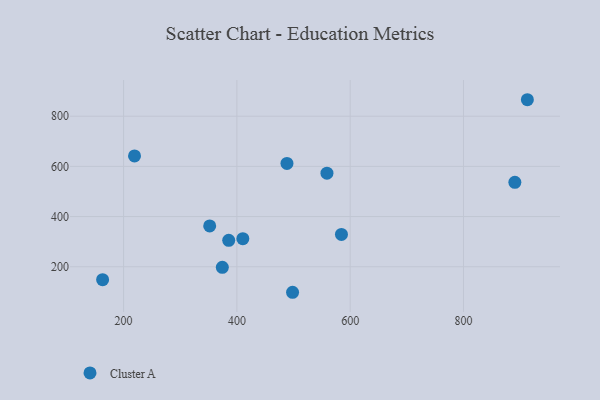
{"axis": {"x": "Study Hours", "y": "Fuel Efficiency"}, "legend": ["Cluster A"], "data": [{"x": "219.3", "y": 641.7, "type": "Cluster A"}, {"x": "584.6", "y": 328.8, "type": "Cluster A"}, {"x": "352.0", "y": 362.8, "type": "Cluster A"}, {"x": "374.3", "y": 197.9, "type": "Cluster A"}, {"x": "385.6", "y": 305.4, "type": "Cluster A"}, {"x": "410.5", "y": 312.0, "type": "Cluster A"}, {"x": "890.7", "y": 536.7, "type": "Cluster A"}, {"x": "912.8", "y": 865.7, "type": "Cluster A"}, {"x": "488.4", "y": 611.9, "type": "Cluster A"}, {"x": "498.3", "y": 98.3, "type": "Cluster A"}, {"x": "163.0", "y": 148.4, "type": "Cluster A"}, {"x": "559.0", "y": 573.1, "type": "Cluster A"}]}